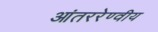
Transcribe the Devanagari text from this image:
आंतररेण्वीय